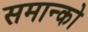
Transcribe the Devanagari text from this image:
समान्को